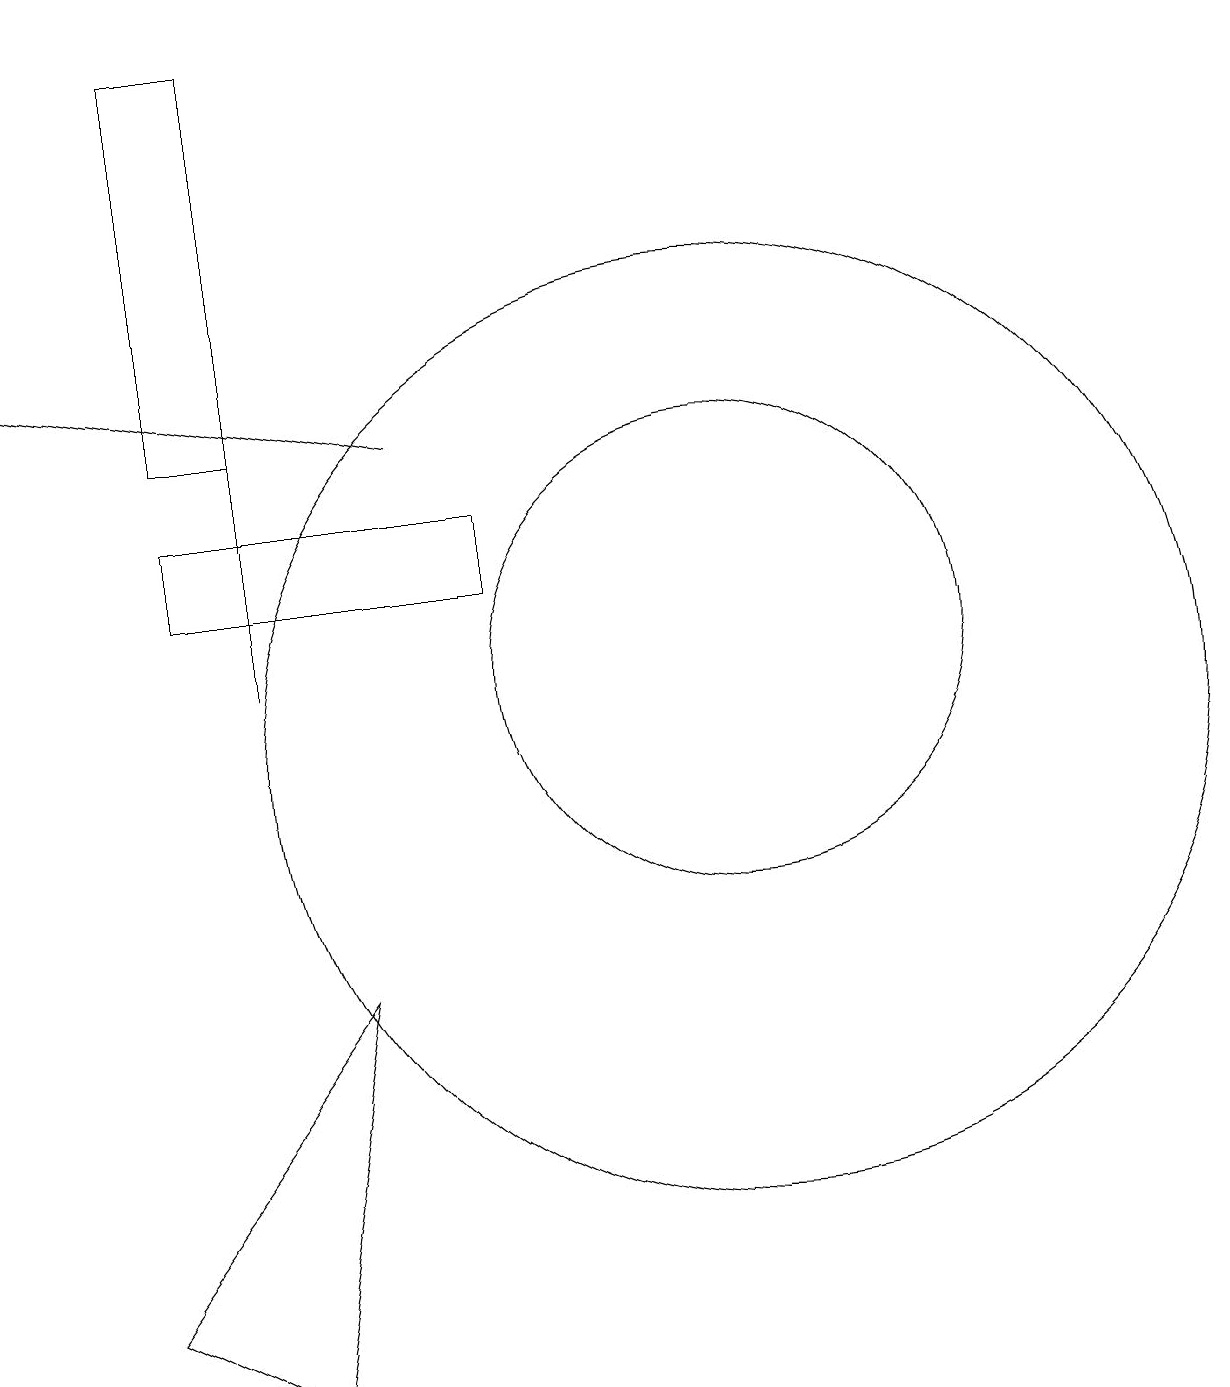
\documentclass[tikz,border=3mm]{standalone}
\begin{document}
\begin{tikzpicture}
\draw (11,11) circle (3);
\draw (5,2) -- (3,3) -- (6,7) -- cycle;
\draw (5,14) rectangle (5,11);
\draw[->] (7,14) -- (2,15);
\draw (8,13) rectangle (4,12);
\draw (11,10) circle (6);
\draw (5,19) rectangle (4,14);
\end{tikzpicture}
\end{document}